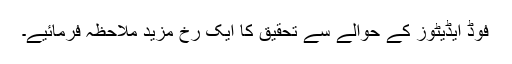
فوڈ ایڈیٹوز کے حوالے سے تحقیق کا ایک رخ مزید ملاحظہ فرمائیے۔